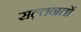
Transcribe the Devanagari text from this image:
सल़्तनतों